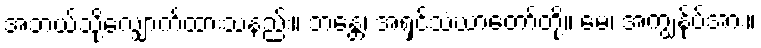
အဘယ်သို့လျှောက်ထားသနည်း။ ဘန္တေ၊ အရှင်သံဃာတော်တို့။ မေ၊ အကျွန်ုပ်အား။